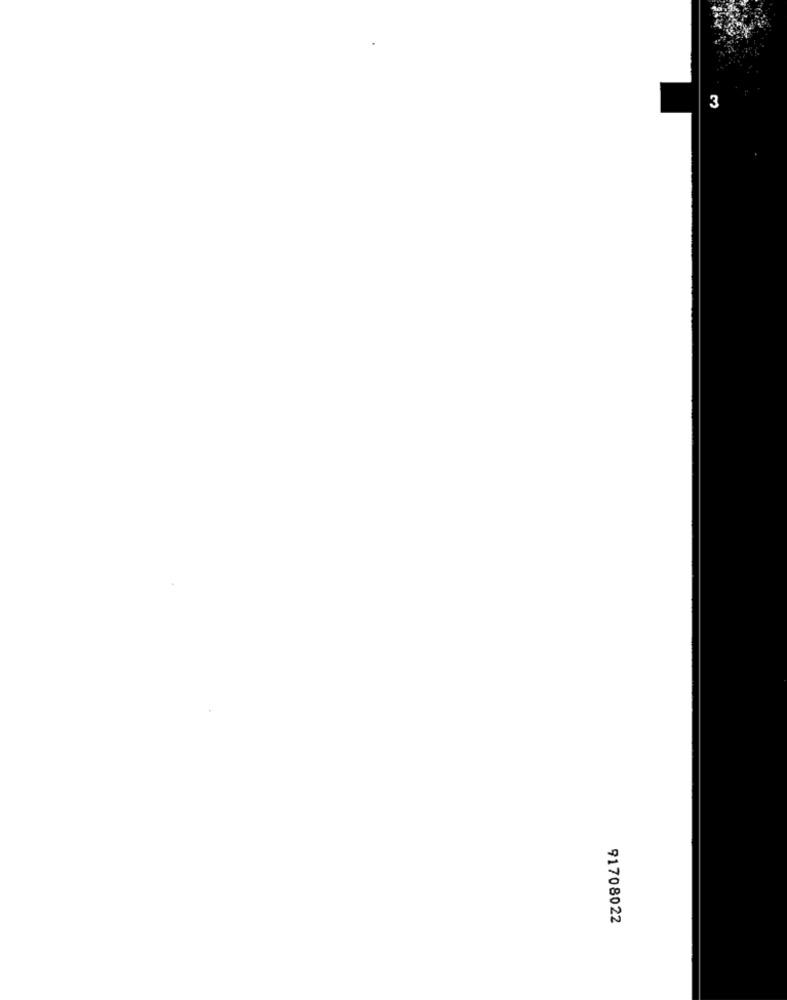
3
91708022